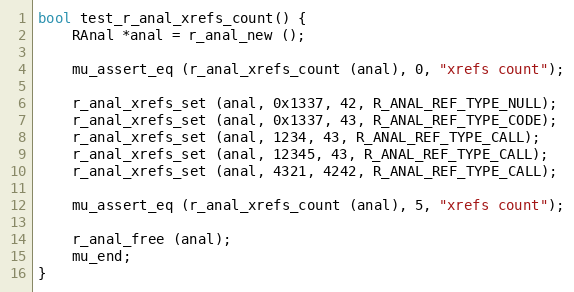
Language: C
bool test_r_anal_xrefs_count() {
	RAnal *anal = r_anal_new ();

	mu_assert_eq (r_anal_xrefs_count (anal), 0, "xrefs count");

	r_anal_xrefs_set (anal, 0x1337, 42, R_ANAL_REF_TYPE_NULL);
	r_anal_xrefs_set (anal, 0x1337, 43, R_ANAL_REF_TYPE_CODE);
	r_anal_xrefs_set (anal, 1234, 43, R_ANAL_REF_TYPE_CALL);
	r_anal_xrefs_set (anal, 12345, 43, R_ANAL_REF_TYPE_CALL);
	r_anal_xrefs_set (anal, 4321, 4242, R_ANAL_REF_TYPE_CALL);

	mu_assert_eq (r_anal_xrefs_count (anal), 5, "xrefs count");

	r_anal_free (anal);
	mu_end;
}